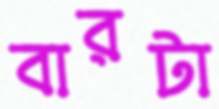
বারটা